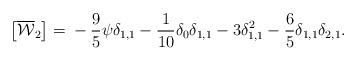
LaTeX: \begin{align*}\left[\overline{\mathcal{W}}_2\right] = {}-\frac{9}{5} \psi\delta_{1,1} -\frac{1}{10} \delta_0\delta_{1,1} -3\delta_{1,1}^2 -\frac{6}{5} \delta_{1,1}\delta_{2,1}.\end{align*}